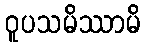
ဝူပသမိဿာမိ